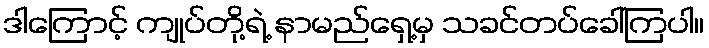
ဒါကြောင့် ကျုပ်တို့ရဲ့ နာမည်ရှေ့မှ သခင်တပ်ခေါ်ကြပါ။